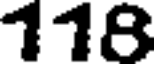
118